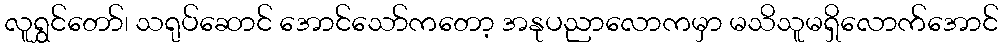
လူရွှင်တော်၊ သရုပ်ဆောင် အောင်သော်ကတော့ အနုပညာလောကမှာ မသိသူမရှိလောက်အောင်